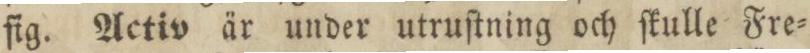
ſig. Activ är under utruſtning och ſkulle Fre=